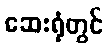
ဆေးရုံတွင်